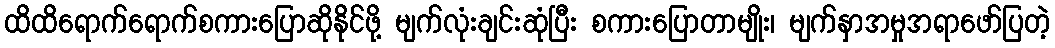
ထိထိရောက်ရောက်စကားပြောဆိုနိုင်ဖို့ မျက်လုံးချင်းဆုံပြီး စကားပြောတာမျိုး၊ မျက်နှာအမှုအရာဖော်ပြတဲ့